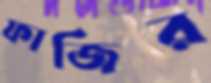
ফাজির